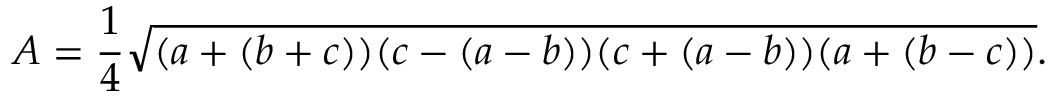
A = { \frac { 1 } { 4 } } { \sqrt { ( a + ( b + c ) ) ( c - ( a - b ) ) ( c + ( a - b ) ) ( a + ( b - c ) ) } } .